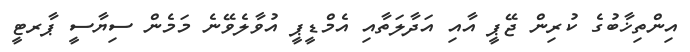
އިންތިޚާބުގެ ކުރިން ޖޭޕީ އާއި އަދާލަތާއި އެމްޑީޕީ އުވާލެވޭނެ މަމެން ސިޔާސީ ޕާރޓީ